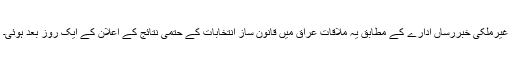
غیرملکی خبررساں ادارے کے مطابق یہ ملاقات عراق میں قانون ساز انتخابات کے حتمی نتائج کے اعلان کے ایک روز بعد ہوئی۔